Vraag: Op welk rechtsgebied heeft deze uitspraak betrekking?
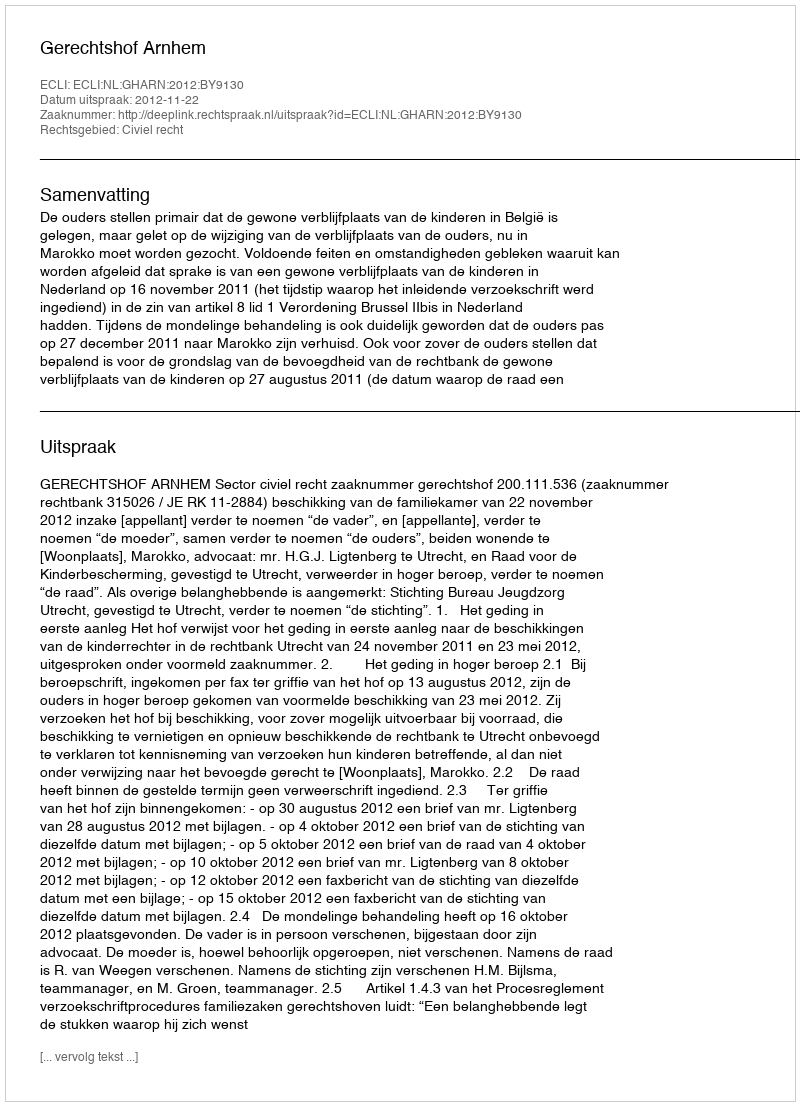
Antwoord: Civiel recht